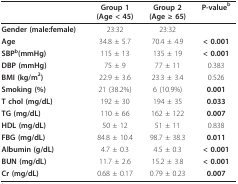
|  | Group 1(Age < 45) | Group 2(Age ≥ 65) | P-valueb |
 | --- | --- | --- | --- |
 | Gender (male:female) | 23:32 | 23:32 |  |
 | Age | 34.8 ± 5.7 | 70.4 ± 4.9 | < 0.001 |
 | SBPb(mmHg) | 115 ± 13 | 135 ± 19 | < 0.001 |
 | DBP (mmHg) | 75 ± 9 | 77 ± 11 | 0.383 |
 | BMI (kg/m2) | 22.9 ± 3.6 | 23.3 ± 3.4 | 0.526 |
 | Smoking (%) | 21 (38.2%) | 6 (10.9%) | 0.001 |
 | T chol (mg/dL) | 192 ± 30 | 194 ± 35 | 0.033 |
 | TG (mg/dL) | 110 ± 66 | 162 ± 122 | 0.007 |
 | HDL (mg/dL) | 50 ± 12 | 51 ± 11 | 0.838 |
 | FBG (mg/dL) | 84.8 ± 10.4 | 98.7 ± 38.3 | 0.011 |
 | Albumin (g/dL) | 4.7 ± 0.3 | 4.5 ± 0.3 | < 0.001 |
 | BUN (mg/dL) | 11.7 ± 2.6 | 15.2 ± 3.8 | < 0.001 |
 | Cr (mg/dL) | 0.68 ± 0.17 | 0.79 ± 0.23 | 0.007 |